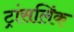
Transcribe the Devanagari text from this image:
ट्रांसलिंक